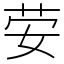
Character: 𰌀